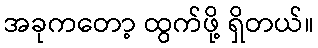
အခုကတော့ ထွက်ဖို့ ရှိတယ်။